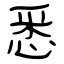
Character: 悉